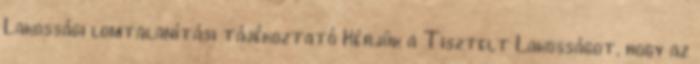
Lakossági lomtalanítási tájékoztató Kérjük a Tisztelt Lakosságot, hogy az